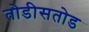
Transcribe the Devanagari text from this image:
तोडीसतोड